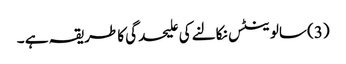
(3) سالوینٹس نکالنے کی علیحدگی کا طریقہ ہے ۔